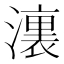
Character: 𣿞